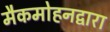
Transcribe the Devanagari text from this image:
मैकमोहनद्वारा